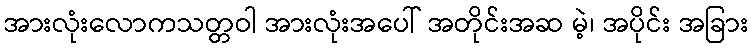
အားလုံးလောကသတ္တဝါ အားလုံးအပေါ် အတိုင်းအဆ မဲ့၊ အပိုင်း အခြား